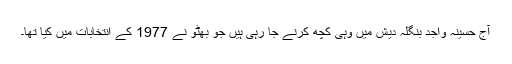
آج حسینہ واجد بنگلہ دیش میں وہی کچھ کرنے جا رہی ہیں جو بھٹو نے 1977 کے انتخابات میں کیا تھا۔